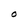
Character: O